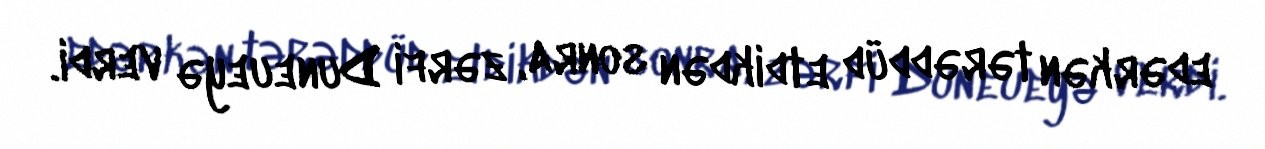
edərkən tərəddüd etdikdən sonra, zərfi Duneueyə verdi.